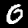
Label: 0